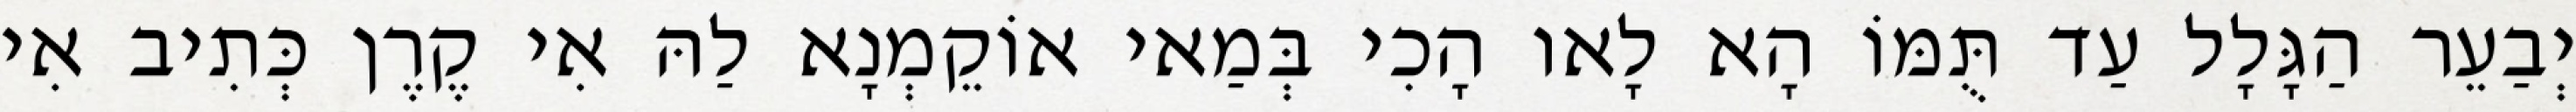
יְבַעֵר הַגָּלָל עַד תֻּמּוֹ הָא לָאו הָכִי בְּמַאי אוֹקֵמְנָא לַהּ אִי קֶרֶן כְּתִיב אִי